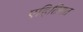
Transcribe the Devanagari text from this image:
एहितियत